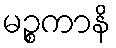
မဉ္စကာနိ